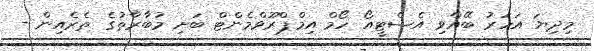
މިދިޔަ އަހަރު ބޭއްވި އެސްޓީއޯ ހޯމް އިމްޕްރޫވްމެންޓް ބަށި މުބާރާތުގެ ތެރެއިން -